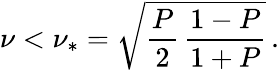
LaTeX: \nu<\nu_{*}=\sqrt{\frac{P}{2}\, \frac{1-P}{1+P}}\, .